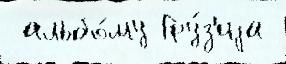
 альбо́му Гру́з'иjа